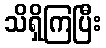
သိရှိကြပြီး